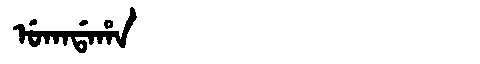
Manchu: ᡠᡴᠠᡩᠠᡥᠠ
Romanization: UKADAHA